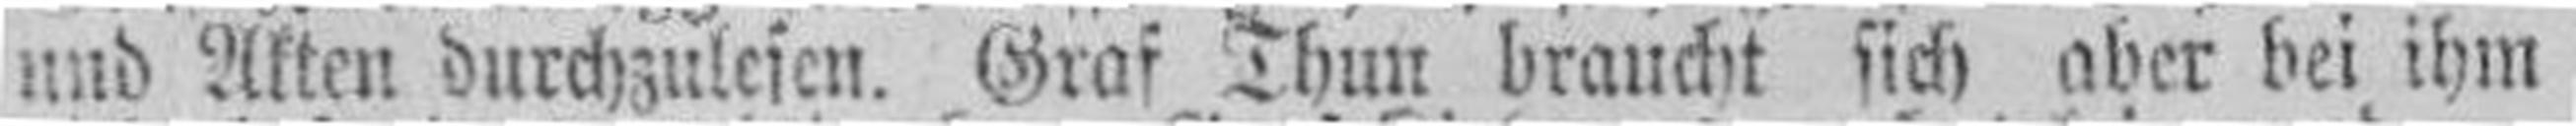
und Akten durchzulesen. Graf Thun braucht sich aber bei ihm